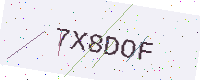
Text: 7X8DOF